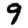
Digit: 9